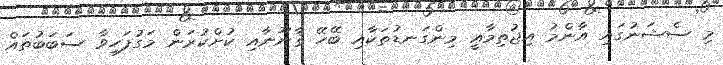
މި ސެޝަނުގައި އާންމު އިޖުތިމާޢީ މިންގަނޑުތަކާއި ބޭހޭ ޤާނޫނާއި ކުށްކުރަން މަގުފަހިވާ ސަބަބުތައް